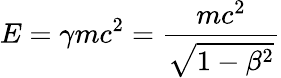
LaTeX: E=\gamma mc^{2}={\frac{mc^{2}}{\sqrt{1-\beta^{2}}}}